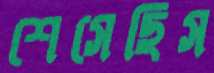
শেসেছিস